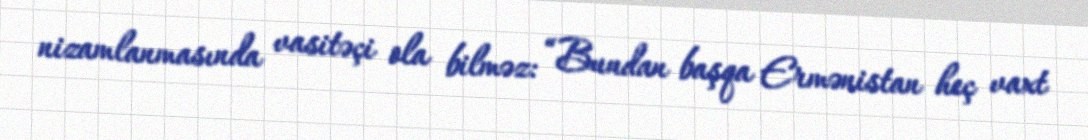
nizamlanmasında vasitəçi ola bilməz: “Bundan başqa Ermənistan heç vaxt